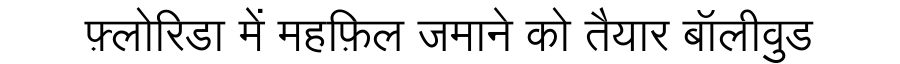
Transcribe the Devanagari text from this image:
फ़्लोरिडा में महफ़िल जमाने को तैयार बॉलीवुड